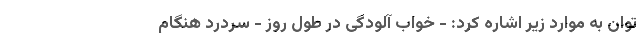
توان به موارد زیر اشاره کرد: - خواب آلودگی در طول روز - سردرد هنگام